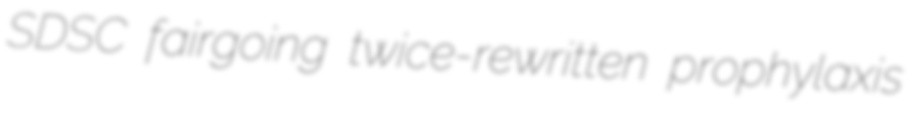
SDSC fairgoing twice-rewritten prophylaxis